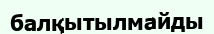
балқытылмайды